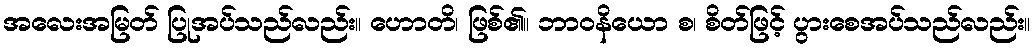
အလေးအမြတ် ပြုအပ်သည်လည်း။ ဟောတိ၊ ဖြစ်၏။ ဘာဝနိယော စ၊ စိတ်ဖြင့် ပွားစေအပ်သည်လည်း။